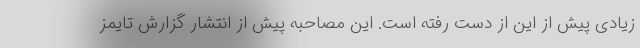
زیادی پیش از این از دست رفته است. این مصاحبه پیش از انتشار گزارش تایمز